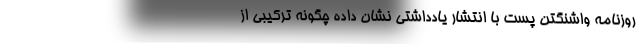
روزنامه واشنگتن پست با انتشار یادداشتی نشان داده چگونه ترکیبی از